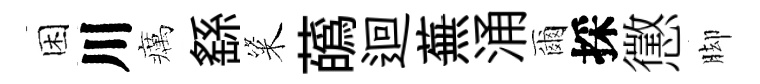
困川癘繇粢蘤迴蕪涌爾採懲脚